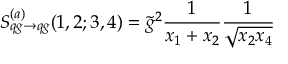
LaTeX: S _ { q g \rightarrow q g } ^ { ( a ) } ( 1 , 2 ; 3 , 4 ) = \tilde { g } ^ { 2 } \frac { 1 } { x _ { 1 } + x _ { 2 } } \frac { 1 } { \sqrt { x _ { 2 } x _ { 4 } } }